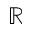
\mathbb { R }